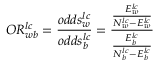
O R _ { w b } ^ { l c } = \frac { o d d s _ { w } ^ { l c } } { o d d s _ { b } ^ { l c } } = \frac { \frac { E _ { w } ^ { l c } } { N _ { w } ^ { l c } - E _ { w } ^ { l c } } } { \frac { E _ { b } ^ { l c } } { N _ { b } ^ { l c } - E _ { b } ^ { l c } } }